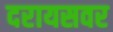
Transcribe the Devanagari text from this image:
दरायसवर